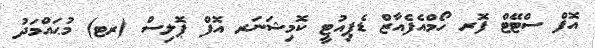
އޮފް ސްޓޭޓް ފޮރ ހޯމްއެފެއާޒް ޑެޕިއުޓީ ކޮމިޝަނަރ އޮފް ޕޮލިސް (ރޓ) މުޙައްމަދު